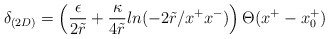
\begin{align*}\delta_{(2D)} =\left( \frac{\epsilon}{2 \tilde{r}} + \frac{\kappa}{4\tilde{r}} ln (- 2 \tilde{r} / x^{+} x^{-}) \right)\Theta (x^{+}-x^{+}_{0})\end{align*}